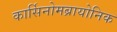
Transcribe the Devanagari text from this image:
कार्सिनोमब्रायोनिक